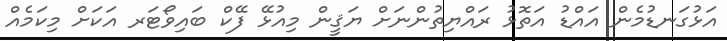
އަޅުގަނޑުމެން އައްޑު އަތޮޅު ރައްޔިތުންނަށް ޔަޤީން މިއުޅޭ ފޭކް ބައިވޯޓަރ އަކަށް މިކަމެއް